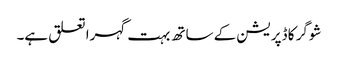
شوگر کا ڈپریشن کے ساتھ بہت گہرا تعلق ہے۔